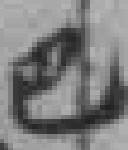
巴